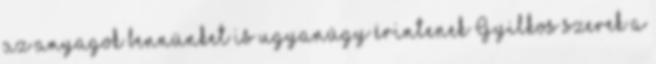
az anyagok bennünket is ugyanúgy érintenek Gyilkos szerek a